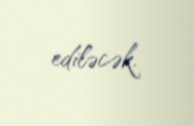
ediləcək.